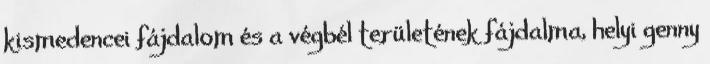
kismedencei fájdalom és a végbél területének fájdalma, helyi genny